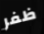
ظفر